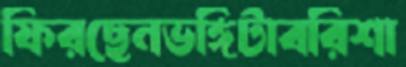
ফিরছেনভঙ্গিটাবরিশা